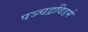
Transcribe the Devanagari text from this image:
पञ्चद्रविडमे